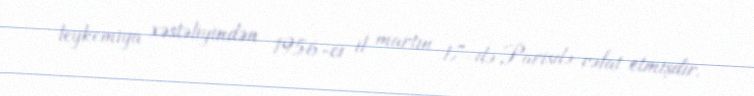
leykemiya xəstəliyindən 1956-cı il martın 17-də Parisdə vəfat etmişdir.